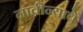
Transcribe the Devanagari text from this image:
नावीन्याचे